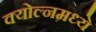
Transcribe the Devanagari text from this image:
क्योल्नमध्ये